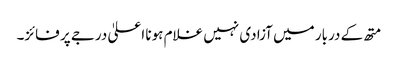
متھ کے دربار میں آزادی نہیں غلام ہونا اعلیٰ درجے پر فائز۔